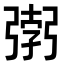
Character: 𭛂